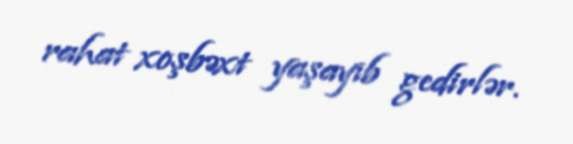
rahat xoşbəxt yaşayıb gedirlər.